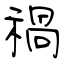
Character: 禍